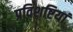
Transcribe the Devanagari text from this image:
प्रविशष्टियां